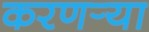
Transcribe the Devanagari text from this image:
करणर्‍या